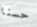
حسنا